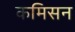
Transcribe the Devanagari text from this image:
कमिसन